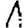
Digit: 1